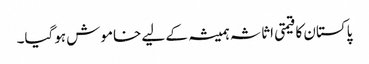
پاکستان کا قیمتی اثاثہ ہمیشہ کے لیے خاموش ہوگیا۔